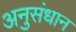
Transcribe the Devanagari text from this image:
अनुसंधान